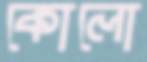
কোলো